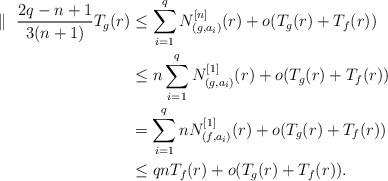
LaTeX: \begin{align*}\parallel\ \dfrac {2q-n+1}{3(n+1)}T_g(r)&\le \sum_{i=1}^qN_{(g,a_i)}^{[n]}(r)+o(T_g(r)+T_f(r))\\&\le n\sum_{i=1}^qN_{(g,a_i)}^{[1]}(r)+o(T_g(r)+T_f(r))\\&= \sum_{i=1}^qnN_{(f,a_i)}^{[1]}(r)+o(T_g(r)+T_f(r))\\&\le qn T_f(r)+o(T_g(r)+T_f(r)).\end{align*}